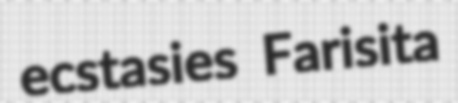
ecstasies Farisita